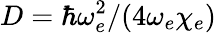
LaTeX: D=\hbar\omega_{e}^{2}/(4\omega_{e}\chi_{e})